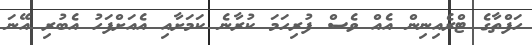
ހަފްތާގެ ޓްރެއިނިން އެއް ވެސް ފުރިހަމަ ކުރާނެ ކަމަށާއި އެއަށްފަހު އެބުރި އޭނަ